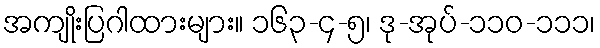
အကျိုးပြဂါထားများ။ ၁၆၃-၄-၅၊ ဒု-အုပ်-၁၁၀-၁၁၁၊